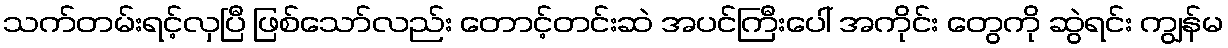
သက်တမ်းရင့်လှပြီ ဖြစ်သော်လည်း တောင့်တင်းဆဲ အပင်ကြီးပေါ် အကိုင်း တွေကို ဆွဲရင်း ကျွန်မ